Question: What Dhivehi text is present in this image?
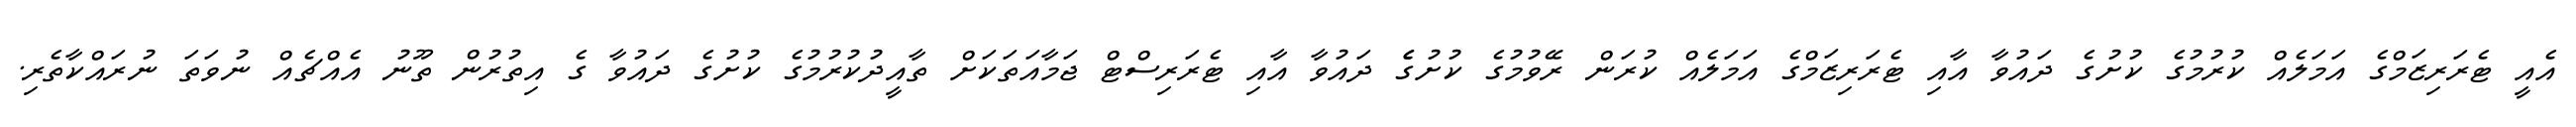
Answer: އެއީ ޓެރަރިޒަމްގެ އަމަލެއް ކުރުމުގެ ކުށުގެ ދައުވާ އާއި ޓެރަރިޒަމްގެ އަމަލެއް ކުރަން ރޭވުމުގެ ކުށުގެެ ދައުވާ އާއި ޓެރަރިސްޓް ޖަމާއަތަކަށް ތާއީދުކުރުމުގެ ކުށުގެ ދައުވާ ގެ އިތުރުން ތޫނު އެއްޗެއް ނުވަތަ ނުރައްކާތެރި.